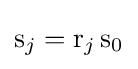
\mathrm {s} _{j}=\mathrm {r} _{j}\,\mathrm {s} _{0}